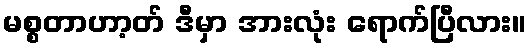
မစ္စတာဟာ့တ် ဒီမှာ အားလုံး ရောက်ပြီလား။